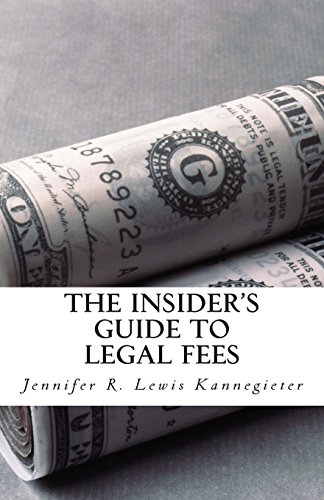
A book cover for The Insider's Guide to Legal Fees: What You NEED to Know  Before Hiring an Attorney  and the  7 Tips That Could  Save You THOUSANDS in Fees; Jennifer R Lewis Kannegieter; Law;